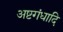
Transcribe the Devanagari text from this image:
अष्टगंधादि